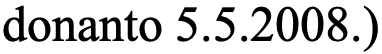
donanto 5.5.2008.)